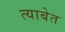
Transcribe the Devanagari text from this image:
त्याबेत